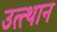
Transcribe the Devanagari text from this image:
उत्त्थान